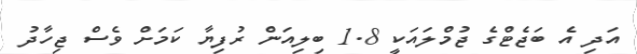
އަދި އެ ބަޖެޓްގެ ޖުމްލައަކީ 1.8 ބިލިއަން ރުފިޔާ ކަމަށް ވެސް ޖިހާދު